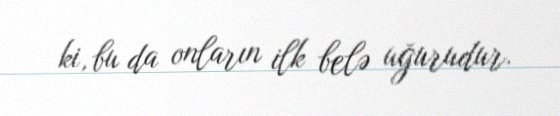
ki, bu da onların ilk belə uğurudur.